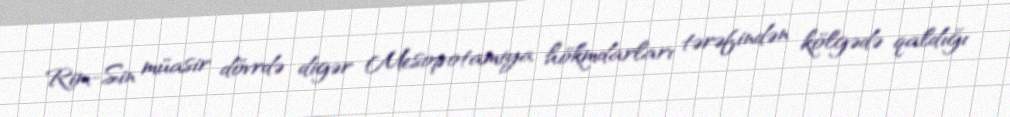
Rim-Sin müasir dövrdə digər Mesopotamiya hökmdarları tərəfindən kölgədə qaldığı